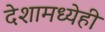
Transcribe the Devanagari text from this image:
देशामध्येही